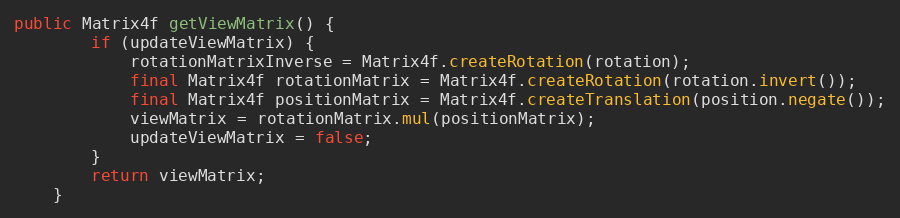
Language: Java
public Matrix4f getViewMatrix() {
        if (updateViewMatrix) {
            rotationMatrixInverse = Matrix4f.createRotation(rotation);
            final Matrix4f rotationMatrix = Matrix4f.createRotation(rotation.invert());
            final Matrix4f positionMatrix = Matrix4f.createTranslation(position.negate());
            viewMatrix = rotationMatrix.mul(positionMatrix);
            updateViewMatrix = false;
        }
        return viewMatrix;
    }